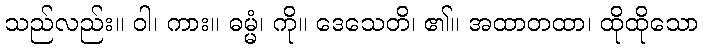
သည်လည်း။ ဝါ၊ ကား။ ဓမ္မံ၊ ကို။ ဒေသေတိ၊ ၏။ အထာတထာ၊ ထိုထိုသော